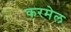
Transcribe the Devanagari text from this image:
करमेल